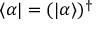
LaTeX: \langle \alpha | = ( | \alpha \rangle ) ^ { \dagger }